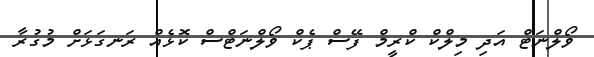
ވޯލްނަޓް އަދި މިލްކް ކްރީމް ފޭސް ޕެކް ވޯލްނަޓްސް ކޮޅެއް ރަނގަޅަށް މުގުރާ